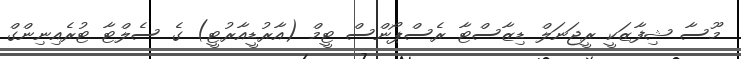
މޫސާ ޝިފާޒަކީ ރީޖަނަލް ޑިޒާސްޓާ ރެސްޕޯންސް ޓީމް (އާރުޑީއާރުޓީ) ގެ ސެލްޓާ ޓުރެއިނިންގް